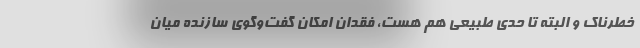
خطرناك و البته تا حدي طبيعي هم هست، فقدان امكان گفت‌وگوي سازنده ميان